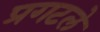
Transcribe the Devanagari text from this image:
प्रगटले